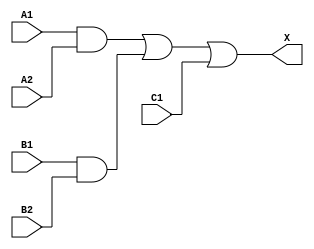
/*
 * Copyright 2020 The SkyWater PDK Authors
 *
 * Licensed under the Apache License, Version 2.0 (the "License");
 * you may not use this file except in compliance with the License.
 * You may obtain a copy of the License at
 *
 *     https://www.apache.org/licenses/LICENSE-2.0
 *
 * Unless required by applicable law or agreed to in writing, software
 * distributed under the License is distributed on an "AS IS" BASIS,
 * WITHOUT WARRANTIES OR CONDITIONS OF ANY KIND, either express or implied.
 * See the License for the specific language governing permissions and
 * limitations under the License.
 *
 * SPDX-License-Identifier: Apache-2.0
*/


`ifndef SKY130_FD_SC_LP__A221O_FUNCTIONAL_V
`define SKY130_FD_SC_LP__A221O_FUNCTIONAL_V

/**
 * a221o: 2-input AND into first two inputs of 3-input OR.
 *
 *        X = ((A1 & A2) | (B1 & B2) | C1)
 *
 * Verilog simulation functional model.
 */

`timescale 1ns / 1ps
`default_nettype none

`celldefine
module sky130_fd_sc_lp__a221o (
    X ,
    A1,
    A2,
    B1,
    B2,
    C1
);

    // Module ports
    output X ;
    input  A1;
    input  A2;
    input  B1;
    input  B2;
    input  C1;

    // Local signals
    wire and0_out ;
    wire and1_out ;
    wire or0_out_X;

    //  Name  Output     Other arguments
    and and0 (and0_out , B1, B2                );
    and and1 (and1_out , A1, A2                );
    or  or0  (or0_out_X, and1_out, and0_out, C1);
    buf buf0 (X        , or0_out_X             );

endmodule
`endcelldefine

`default_nettype wire
`endif  // SKY130_FD_SC_LP__A221O_FUNCTIONAL_V